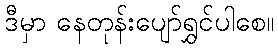
ဒီမှာ နေတုန်းပျော်ရွှင်ပါစေ။